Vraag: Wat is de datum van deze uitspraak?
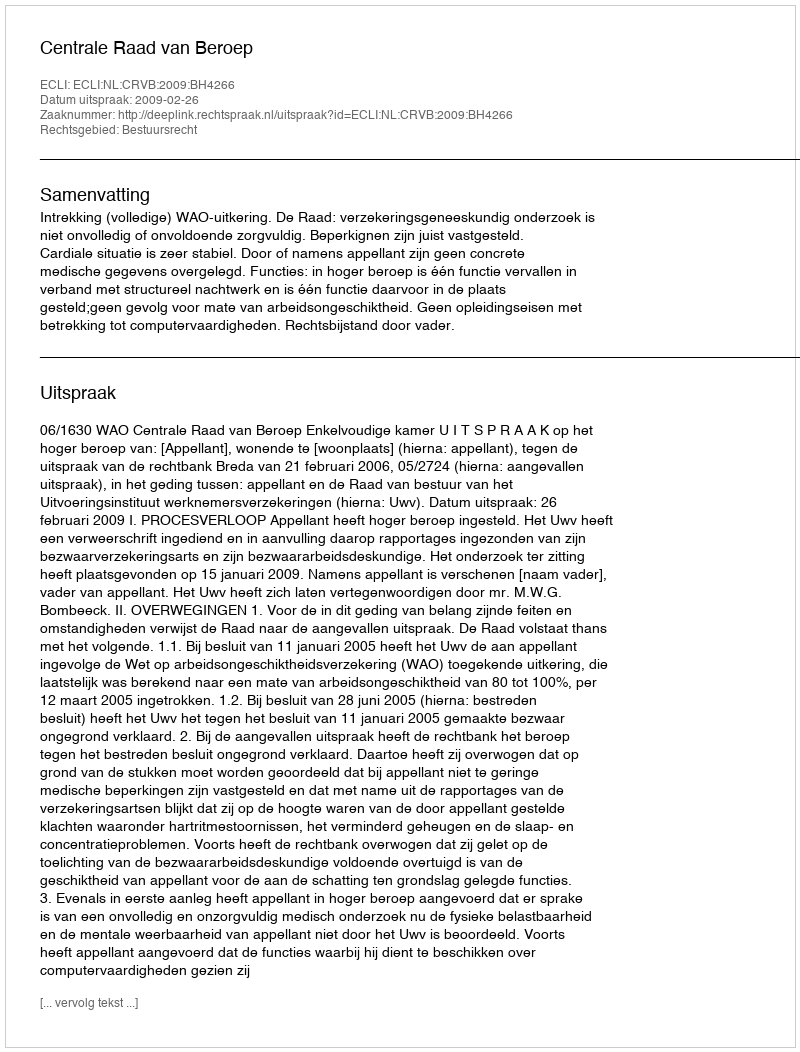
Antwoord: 2009-02-26